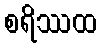
စရိဿထ